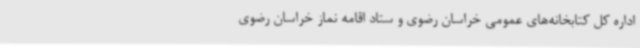
اداره کل کتابخانه‌های عمومی خراسان رضوی و ستاد اقامه نماز خراسان رضوی